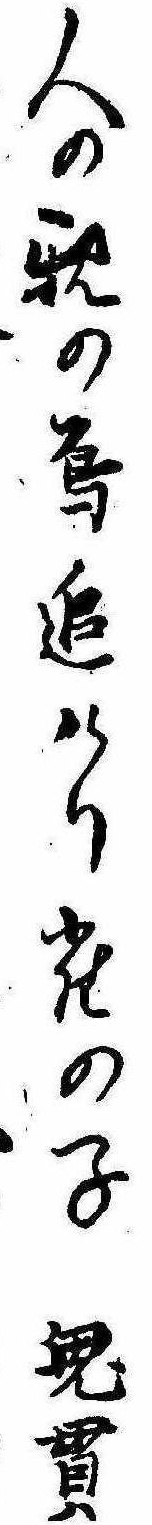
人の親の烏追けり雀の子鬼貫